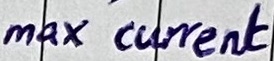
Text: max current